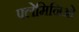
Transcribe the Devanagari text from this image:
फ्लेमिनिओ